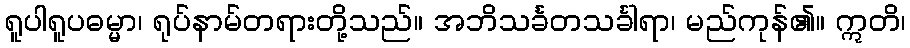
ရူပါရူပဓမ္မာ၊ ရုပ်နာမ်တရားတို့သည်။ အဘိသင်္ခတသင်္ခါရာ၊ မည်ကုန်၏။ ဣတိ၊